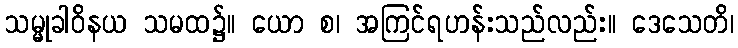
သမ္မုခါဝိနယ သမထ၌။ ယော စ၊ အကြင်ရဟန်းသည်လည်း။ ဒေသေတိ၊